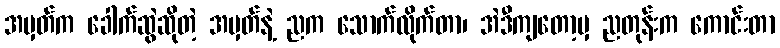
အမှတ်က ခေါက်ဆွဲဆိုတဲ့ အမှတ်နဲ့ ညက သောက်လိုက်တာ၊ အဲဒီကျတော့မှ ညတုန်းက ကောင်းတာ